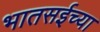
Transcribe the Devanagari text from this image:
भातसईच्या